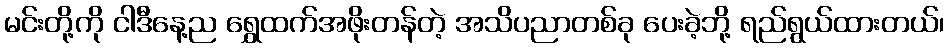
မင်းတို့ကို ငါဒီနေ့ည ရွှေထက်အဖိုးတန်တဲ့ အသိပညာတစ်ခု ပေးခဲ့ဘို့ ရည်ရွယ်ထားတယ်၊